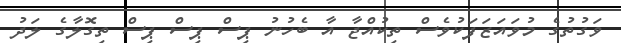
ވަގުތުގެ މުވައަޒަފަކުވެސް ތިކުއްޖާ އާ ބެހުނު ޕިސް ޕިސް ޕިސް ތިގޮލާގެ ލަދު